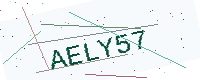
Text: AELY57